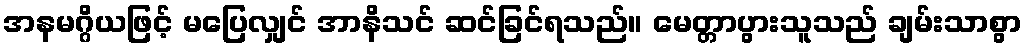
အနမဂ္ဂိယဖြင့် မပြေလျှင် အာနိသင် ဆင်ခြင်ရသည်။ မေတ္တာပွားသူသည် ချမ်းသာစွာ